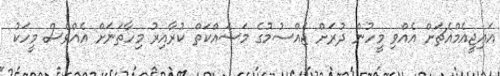
އައިޖީއެމްއެޗަށް އެއްވި މީހުން ދުރަށް ޖެއްސުމުގެ މަސައްކަތް ކުރާއިރު މިހާތަނަށް އެއްވެސް މީހަކު